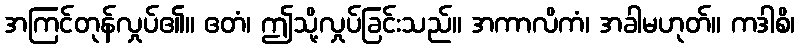
အကြင်တုန်လှုပ်၏။ ဧတံ၊ ဤသို့လှုပ်ခြင်းသည်။ အကာလိကံ၊ အခါမဟုတ်။ ကဒါစိ၊